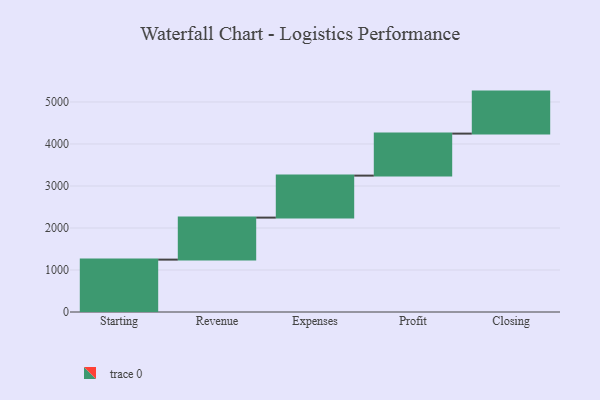
{"axis": {"x": "Step", "y": "Value"}, "legend": [""], "data": [{"x": "Starting", "y": 1247.0, "type": ""}, {"x": "Revenue", "y": 1000, "type": ""}, {"x": "Expenses", "y": 1000, "type": ""}, {"x": "Profit", "y": 1000, "type": ""}, {"x": "Closing", "y": 1000, "type": ""}]}